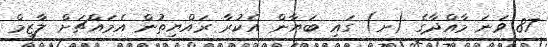
87 ވަނަ މާއްދާގެ (ށ) ގައި ބަޔާން އެކުރާ ރައްޔިތުން އެމައްޗަށް ލާޒިމް